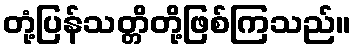
တုံ့ပြန်သတ္တိတို့ဖြစ်ကြသည်။